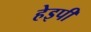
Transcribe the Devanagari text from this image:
हेइपी